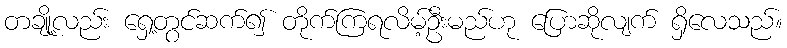
တချို့လည်း ရှေ့တွင်ဆက်၍ တိုက်ကြရလိမ့်ဦးမည်ဟု ပြောဆိုလျက် ရှိလေသည်။